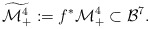
\begin{align*}\widetilde{\mathcal{M}^{4}_+}:= f^*\mathcal{M}^{4}_+ \subset\mathcal{B}^7.\end{align*}